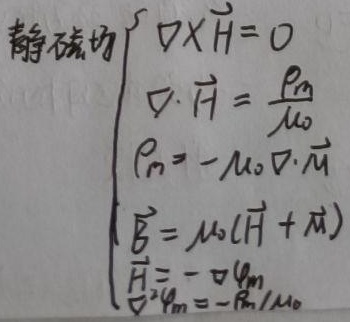
静磁场
\[
\begin{cases}
\nabla\times\vec{H} = 0 \\
\nabla\cdot\vec{H}=\frac{\rho_{m}}{\mu_{0}} \\
\rho_{m}=-\mu_{0}\nabla\cdot\vec{M} \\
\vec{B}=\mu_{0}(\vec{H}+\vec{M}) \\
\vec{H}=-\nabla\varphi_{m} \\
\nabla^{2}\varphi_{m}=-\rho_{m}/\mu_{0}
\end{cases}
\]